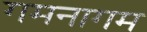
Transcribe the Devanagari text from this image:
गमनागम